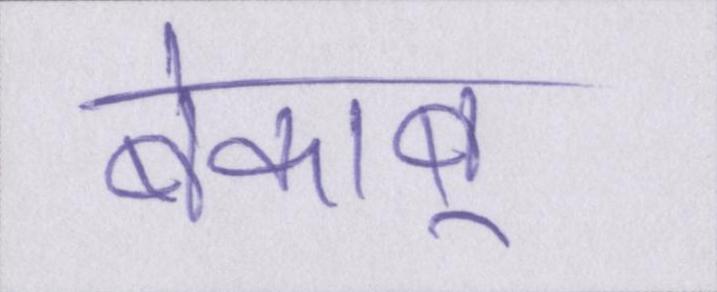
बेकाबू